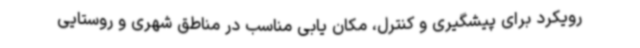
رویکرد برای پیشگیری و کنترل، مکان یابی مناسب در مناطق شهری و روستایی